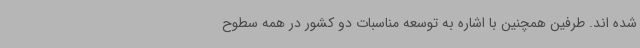
شده اند. طرفین همچنین با اشاره به توسعه مناسبات دو کشور در همه سطوح